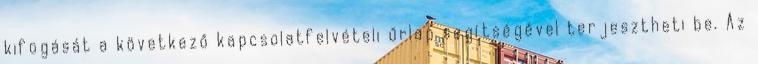
kifogását a következő kapcsolatfelvételi űrlap segítségével terjesztheti be. Az